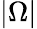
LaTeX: \left|\Omega\right|